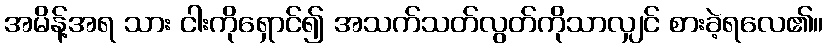
အမိန့်အရ သား ငါးကိုရှောင်၍ အသက်သတ်လွတ်ကိုသာလျှင် စားခဲ့ရလေ၏။